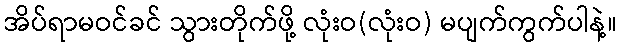
အိပ်ရာမဝင်ခင် သွားတိုက်ဖို့ လုံးဝ(လုံးဝ) မပျက်ကွက်ပါနဲ့။